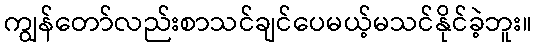
ကျွန်တော်လည်းစာသင်ချင်ပေမယ့်မသင်နိုင်ခဲ့ဘူး။